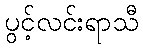
ပွင့်လင်းရာသီ